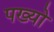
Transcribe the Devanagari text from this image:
पख्‍यो